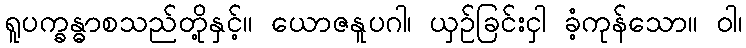
ရူပက္ခန္ဓာစသည်တို့နှင့်။ ယောဇနူပဂါ၊ ယှဉ်ခြင်းငှါ ခံ့ကုန်သော။ ဝါ၊